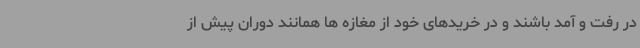
در رفت و آمد باشند و در خریدهای خود از مغازه ها همانند دوران پیش از